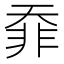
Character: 䨿